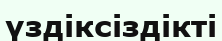
үздіксіздікті